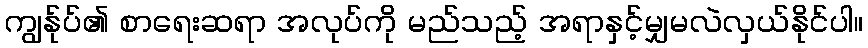
ကျွန်ုပ်၏ စာရေးဆရာ အလုပ်ကို မည်သည့် အရာနှင့်မျှမလဲလှယ်နိုင်ပါ။